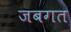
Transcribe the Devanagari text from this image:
जबगत